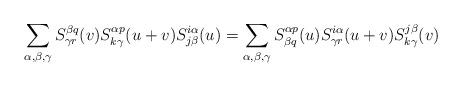
LaTeX: \begin{align*} \sum_{\alpha, \beta, \gamma} S^{\beta q}_{\gamma r}(v) S^{\alpha p}_{k \gamma}(u+v)S^{i\alpha}_{j\beta}(u) = \sum_{\alpha, \beta, \gamma} S^{\alpha p}_{\beta q}(u) S^{i \alpha}_{ \gamma r}(u+v)S^{j\beta}_{k\gamma}(v)\end{align*}